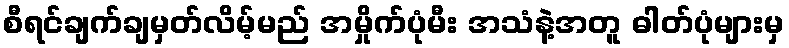
စီရင်ချက်ချမှတ်လိမ့်မည် အမှိုက်ပုံမီး အသံနဲ့အတူ ဓါတ်ပုံများမှ